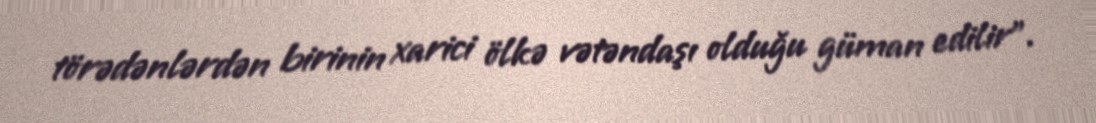
törədənlərdən birinin xarici ölkə vətəndaşı olduğu güman edilir”.